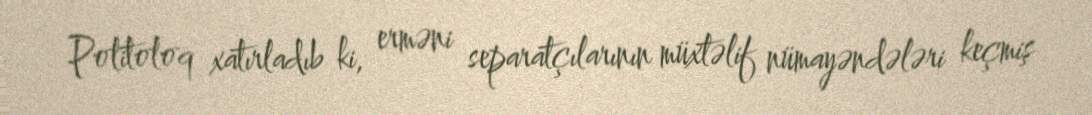
Politoloq xatırladıb ki, erməni separatçılarının müxtəlif nümayəndələri keçmiş